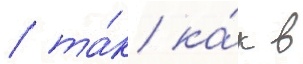
/ та́к ка́к в